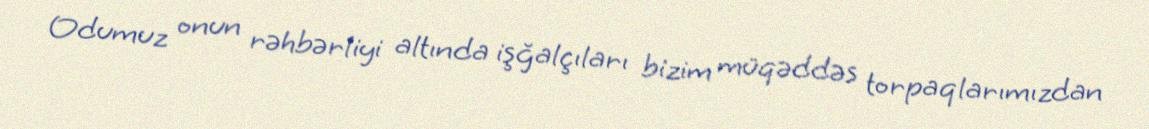
Odumuz onun rəhbərliyi altında işğalçıları bizim müqəddəs torpaqlarımızdan